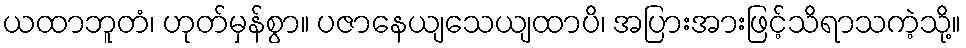
ယထာဘူတံ၊ ဟုတ်မှန်စွာ။ ပဇာနေယျသေယျထာပိ၊ အပြားအားဖြင့်သိရာသကဲ့သို့။